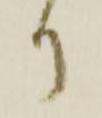
り